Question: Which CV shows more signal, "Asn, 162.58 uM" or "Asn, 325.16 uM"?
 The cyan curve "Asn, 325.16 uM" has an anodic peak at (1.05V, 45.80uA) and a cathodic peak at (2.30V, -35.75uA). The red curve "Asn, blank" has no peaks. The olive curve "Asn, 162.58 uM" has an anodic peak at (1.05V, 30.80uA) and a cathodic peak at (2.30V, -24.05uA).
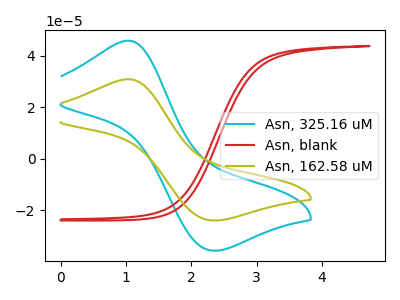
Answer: <think>All the peaks in "Asn, 162.58 uM" have a peak in "Asn, 325.16 uM" at the same potential. Every peak in "Asn, 162.58 uM" is lower than every peak in "Asn, 325.16 uM".
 </think>
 <answer>"Asn, 162.58 uM" has less signal than "Asn, 325.16 uM".</answer>
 <eval>less_signal</eval>